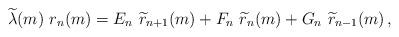
LaTeX: \begin{align*}\widetilde{\lambda}(m)\ r_n(m)=E_{n}\ \widetilde{r}_{n+1}(m) +F_n\ \widetilde{r}_{n}(m) +G_n\ \widetilde{r}_{n-1}(m) \,,\end{align*}